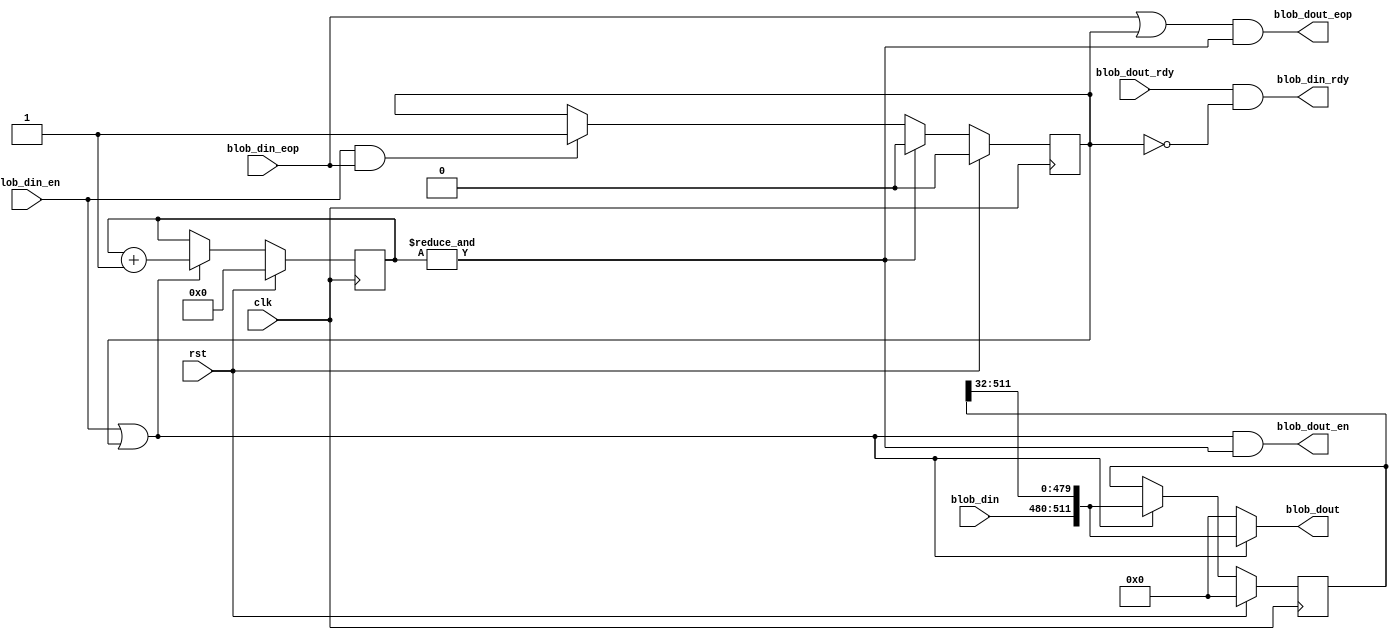
// This program was cloned from: https://github.com/IBM/AccDNN
// License: Apache License 2.0

module busnto512(
  clk,
  rst,
  blob_din,
  blob_din_rdy,
  blob_din_en,
  blob_din_eop,
  blob_dout,
  blob_dout_rdy,
  blob_dout_en,
  blob_dout_eop
);

parameter IN_WIDTH  = 32 ;
parameter OUT_WIDTH = 512;
parameter COUNT     = 4  ;

//========================================
//input/output  declare
//========================================
input                                 clk;
input                                 rst;
input      [IN_WIDTH-1:0]             blob_din;
output                                blob_din_rdy;
input                                 blob_din_en;
input                                 blob_din_eop;
output     [OUT_WIDTH-1:0]            blob_dout;
input                                 blob_dout_rdy;
output                                blob_dout_en;
output                                blob_dout_eop;

reg auto_pad;
reg [COUNT-1:0] phase;

always @ (posedge clk)
begin
  if(rst)
    auto_pad <= 1'b0;
  else if(&phase)
    auto_pad <= 1'b0;
  else if(blob_din_en & blob_din_eop)
    auto_pad <= 1'b1;
  else
    auto_pad <= auto_pad;
end

always @ (posedge clk)
begin
  if(rst)
    phase <= 0;
  else if(blob_din_en | auto_pad)
	phase <= phase + 1'b1;
  else
    phase <= phase;
end

reg  [OUT_WIDTH-1:0]  blob_dout_tmp;
always @ (posedge clk)
begin
  if(rst)
    blob_dout_tmp <= 0;
  else if(blob_din_en | auto_pad)
    blob_dout_tmp <= {blob_din,blob_dout_tmp[OUT_WIDTH-1:IN_WIDTH]};
  else
    blob_dout_tmp <= blob_dout_tmp;
end

assign blob_din_rdy  = blob_dout_rdy & (~auto_pad);
assign blob_dout_en  = (blob_din_en | auto_pad) & (&phase);
assign blob_dout_eop =(blob_din_eop | auto_pad) & (&phase);
assign blob_dout = (blob_din_en | auto_pad) ? {blob_din,blob_dout_tmp[OUT_WIDTH-1:IN_WIDTH]} : 0; 

endmodule